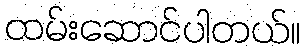
ထမ်းဆောင်ပါတယ်။